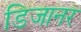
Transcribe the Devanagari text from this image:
डिजानर